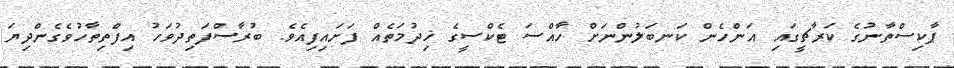
ޕާކިސްތާނުގެ ކަރާޗީގައި އަންހެން ކަނބަލުންނަށް ހާއްސަ ޓެކްސީގެ ޚިދުމަތެއް ފަށައިފިއެވެ. ބުރާސްފަތިދުވަހު އިފްތިތާހުވެގެންދިޔަ